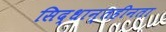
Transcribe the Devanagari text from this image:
सिद्धान्तहीनता